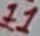
Text: 11